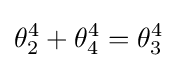
\theta _{2}^{4}+\theta _{4}^{4}=\theta _{3}^{4}